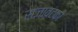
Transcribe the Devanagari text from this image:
सजावटको